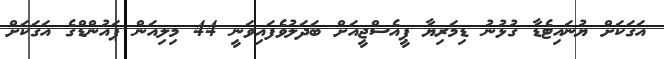
އަގަކަށް ޔުނައިޓެޑާ ގުޅުނު ޑިމަރިޔާ ޕީއެސްޖީއަށް ބަދަލުވެފައިވަނީ 44 މިލިއަން ޕައުންޑްގެ އަގަކަށް